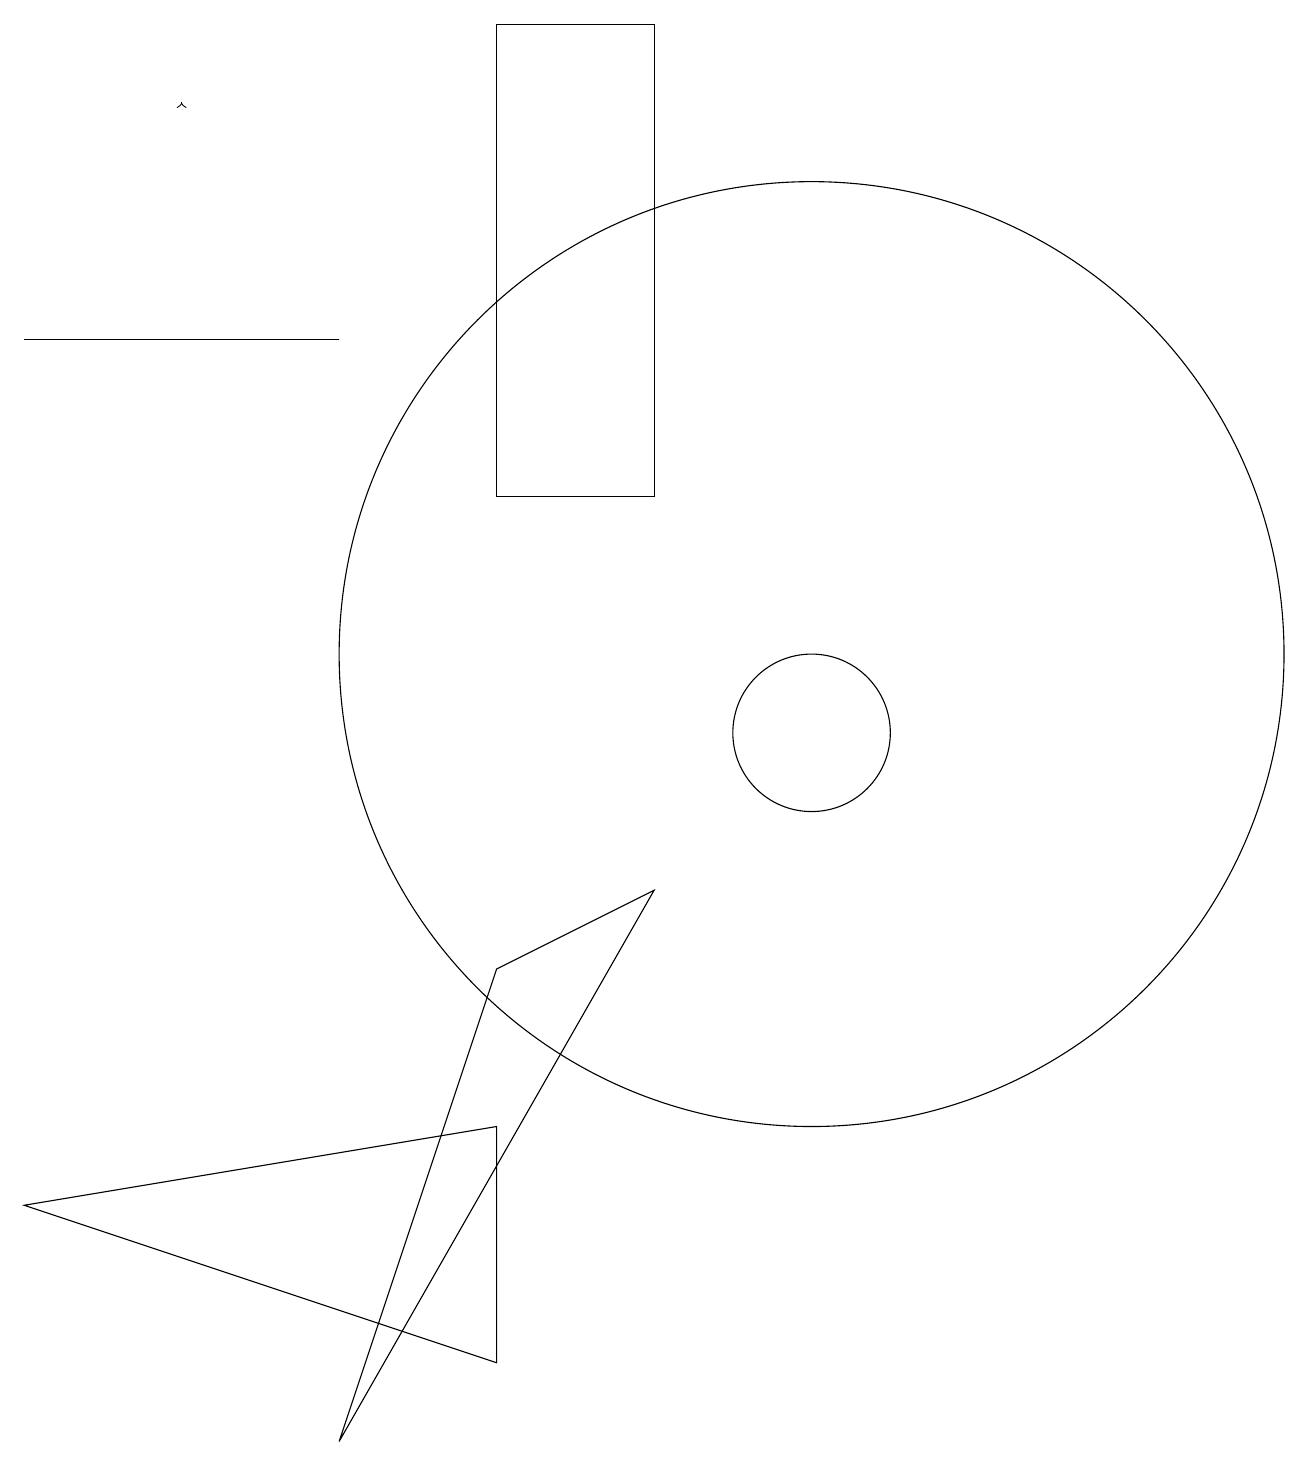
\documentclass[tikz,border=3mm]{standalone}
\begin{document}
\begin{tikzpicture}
\draw (6,7) -- (4,1) -- (8,8) -- cycle;
\draw (10,11) circle (6);
\draw (6,19) rectangle (8,13);
\draw (11,10) circle (0);
\draw[->] (2,18) -- (2,18);
\draw (10,10) circle (1);
\draw (6,5) -- (0,4) -- (6,2) -- cycle;
\draw (4,15) rectangle (0,15);
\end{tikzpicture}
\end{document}